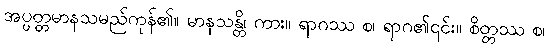
အပ္ပတ္တမာနသမည်ကုန်၏။ မာနသန္တိ၊ ကား။ ရာဂဿ စ၊ ရာဂ၏၎င်း။ စိတ္တဿ စ၊